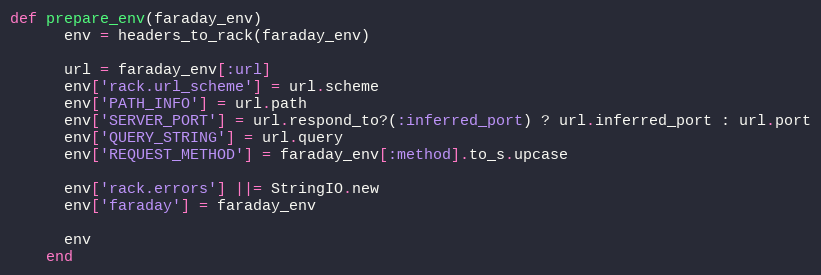
Language: Ruby
def prepare_env(faraday_env)
      env = headers_to_rack(faraday_env)

      url = faraday_env[:url]
      env['rack.url_scheme'] = url.scheme
      env['PATH_INFO'] = url.path
      env['SERVER_PORT'] = url.respond_to?(:inferred_port) ? url.inferred_port : url.port
      env['QUERY_STRING'] = url.query
      env['REQUEST_METHOD'] = faraday_env[:method].to_s.upcase

      env['rack.errors'] ||= StringIO.new
      env['faraday'] = faraday_env

      env
    end